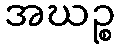
အဃဉ္စ